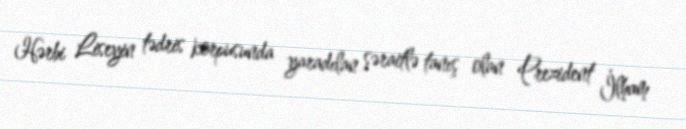
Hərbi Liseyin tədris korpusunda yaradılan şəraitlə tanış olan Prezident İlham